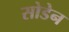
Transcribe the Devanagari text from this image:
सोडेन